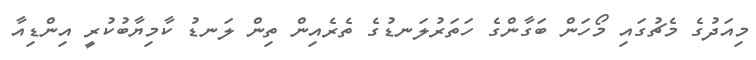
މިއަދުގެ މެޗުގައި މޯހަން ބަގާންގެ ހަތަރުލަނޑުގެ ތެރެއިން ތިން ލަނޑު ކާމިޔާބުކުރީ އިންޑިއާ